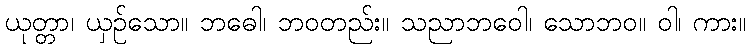
ယုတ္တာ၊ ယှဉ်သော။ ဘဓေါ၊ ဘဝတည်း။ သညာဘဝေါ၊ သောဘဝ။ ဝါ၊ ကား။